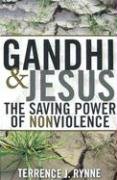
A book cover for Gandhi and Jesus: The Saving Power of Nonviolence; Terrence J. Rynne; Religion & Spirituality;